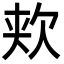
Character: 𬅢